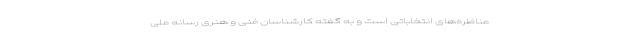
مناظره‌های انتخاباتی است و به گفته کارشناسان فنی و هنری رسانه ملی